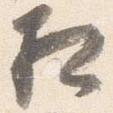
相